Report of the Municipal Commissioner on the plague in Bombay for the year ending 31st May... - Volume 1
Disease focus: Plague
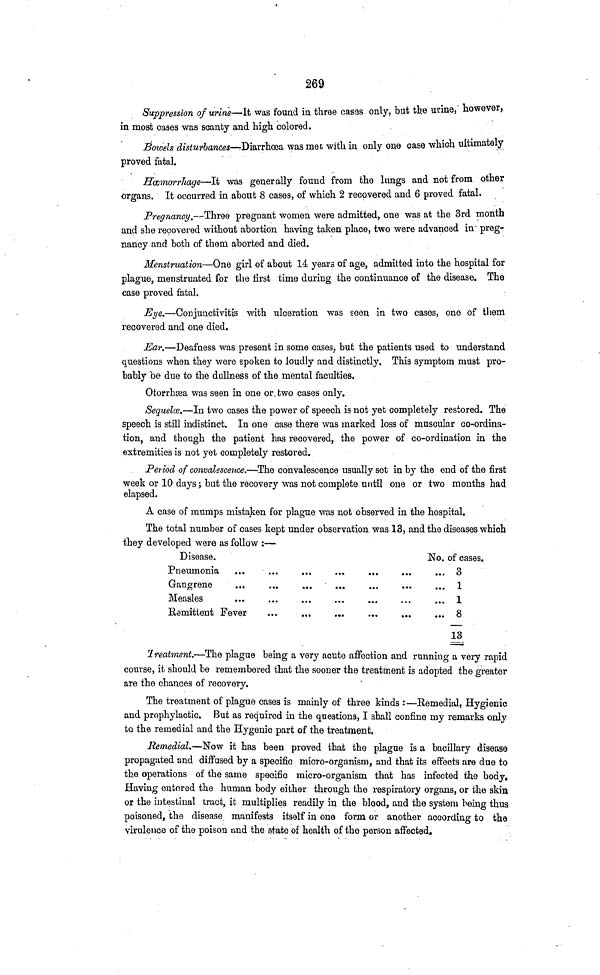
269
Suppression of urine—It was found in three casas only, but the urine, however,
in most cases was scanty and high colored.
Bowels disturbances—-Diarrhoea was met with in only one case which ultimately
proved fatal.
Hœmorrhage—It was generally found from the lungs and not from other
organs. It occurred in about 8 cases, of which 2 recovered and 6 proved fatal.
Pregnancy.—Three pregnant women were admitted, one was at the 3rd month
and she recovered without abortion having taken place, two were advanced in preg-
nancy and both of them aborted and died.
Menstruation—One girl of about 14 years of age, admitted into the hospital for
plague, menstruated for the first time during the continuance of the disease. The
case proved fatal.
Eye.—Conjunctivitis with ulceration was seen in two cases, one of them
recovered and one died.
Ear.—Deafness was present in some cases, but the patients used to understand
questions when they were spoken to loudly and distinctly. This symptom must pro-
bably be due to the dullness of the mental faculties.
Otorrhæa was seen in one or two cases only.
Sequelæ.—In two cases the power of speech is not yet completely restored. The
speech is still indistinct. In one case there was marked loss of muscular co-ordina-
tion, and though the patient has recovered, the power of co-ordination in the
extremities is not yet completely restored.
Period of convalescence.—The convalescence usually sot in by the end of the first
week or 10 days; but the recovery was not complete until one or two months had
elapsed.
A case of mumps mistaken for plague was not observed in the hospital.
The total number of cases kept under observation was 13, and the diseases which
they developed were as follow :—
Disease.
Pneumonia
Gangrene
...
Measles
Remittent Fever
...
...
No. of cases.
3
,
1
1
8
13
Treatment.—The plague being a very acute affection and running a very rapid
course, it should be remembered that the sooner the treatment is adopted the greater
are the chances of recovery.
The treatment of plague cases is mainly of three kinds :—Remedial, Hygienic
and prophylactic. But as required in the questions, I shall confine my remarks only
to the remedial and the Hygenic part of the treatment.
Remedial.—Now it has been proved that the plague is a bacillary disease
propagated and diffused by a specific micro-organism, and that its effects are due to
the operations of the same specific micro-organism that has infected the body.
Having entered the human body either through the respiratory organs, or the skin
or the intestinal tract, it multiplies readily in the blood, and the system being thus
poisoned, the disease manifests itself in one form or another according to the
virulence of the poison and the state of health of the person affected.